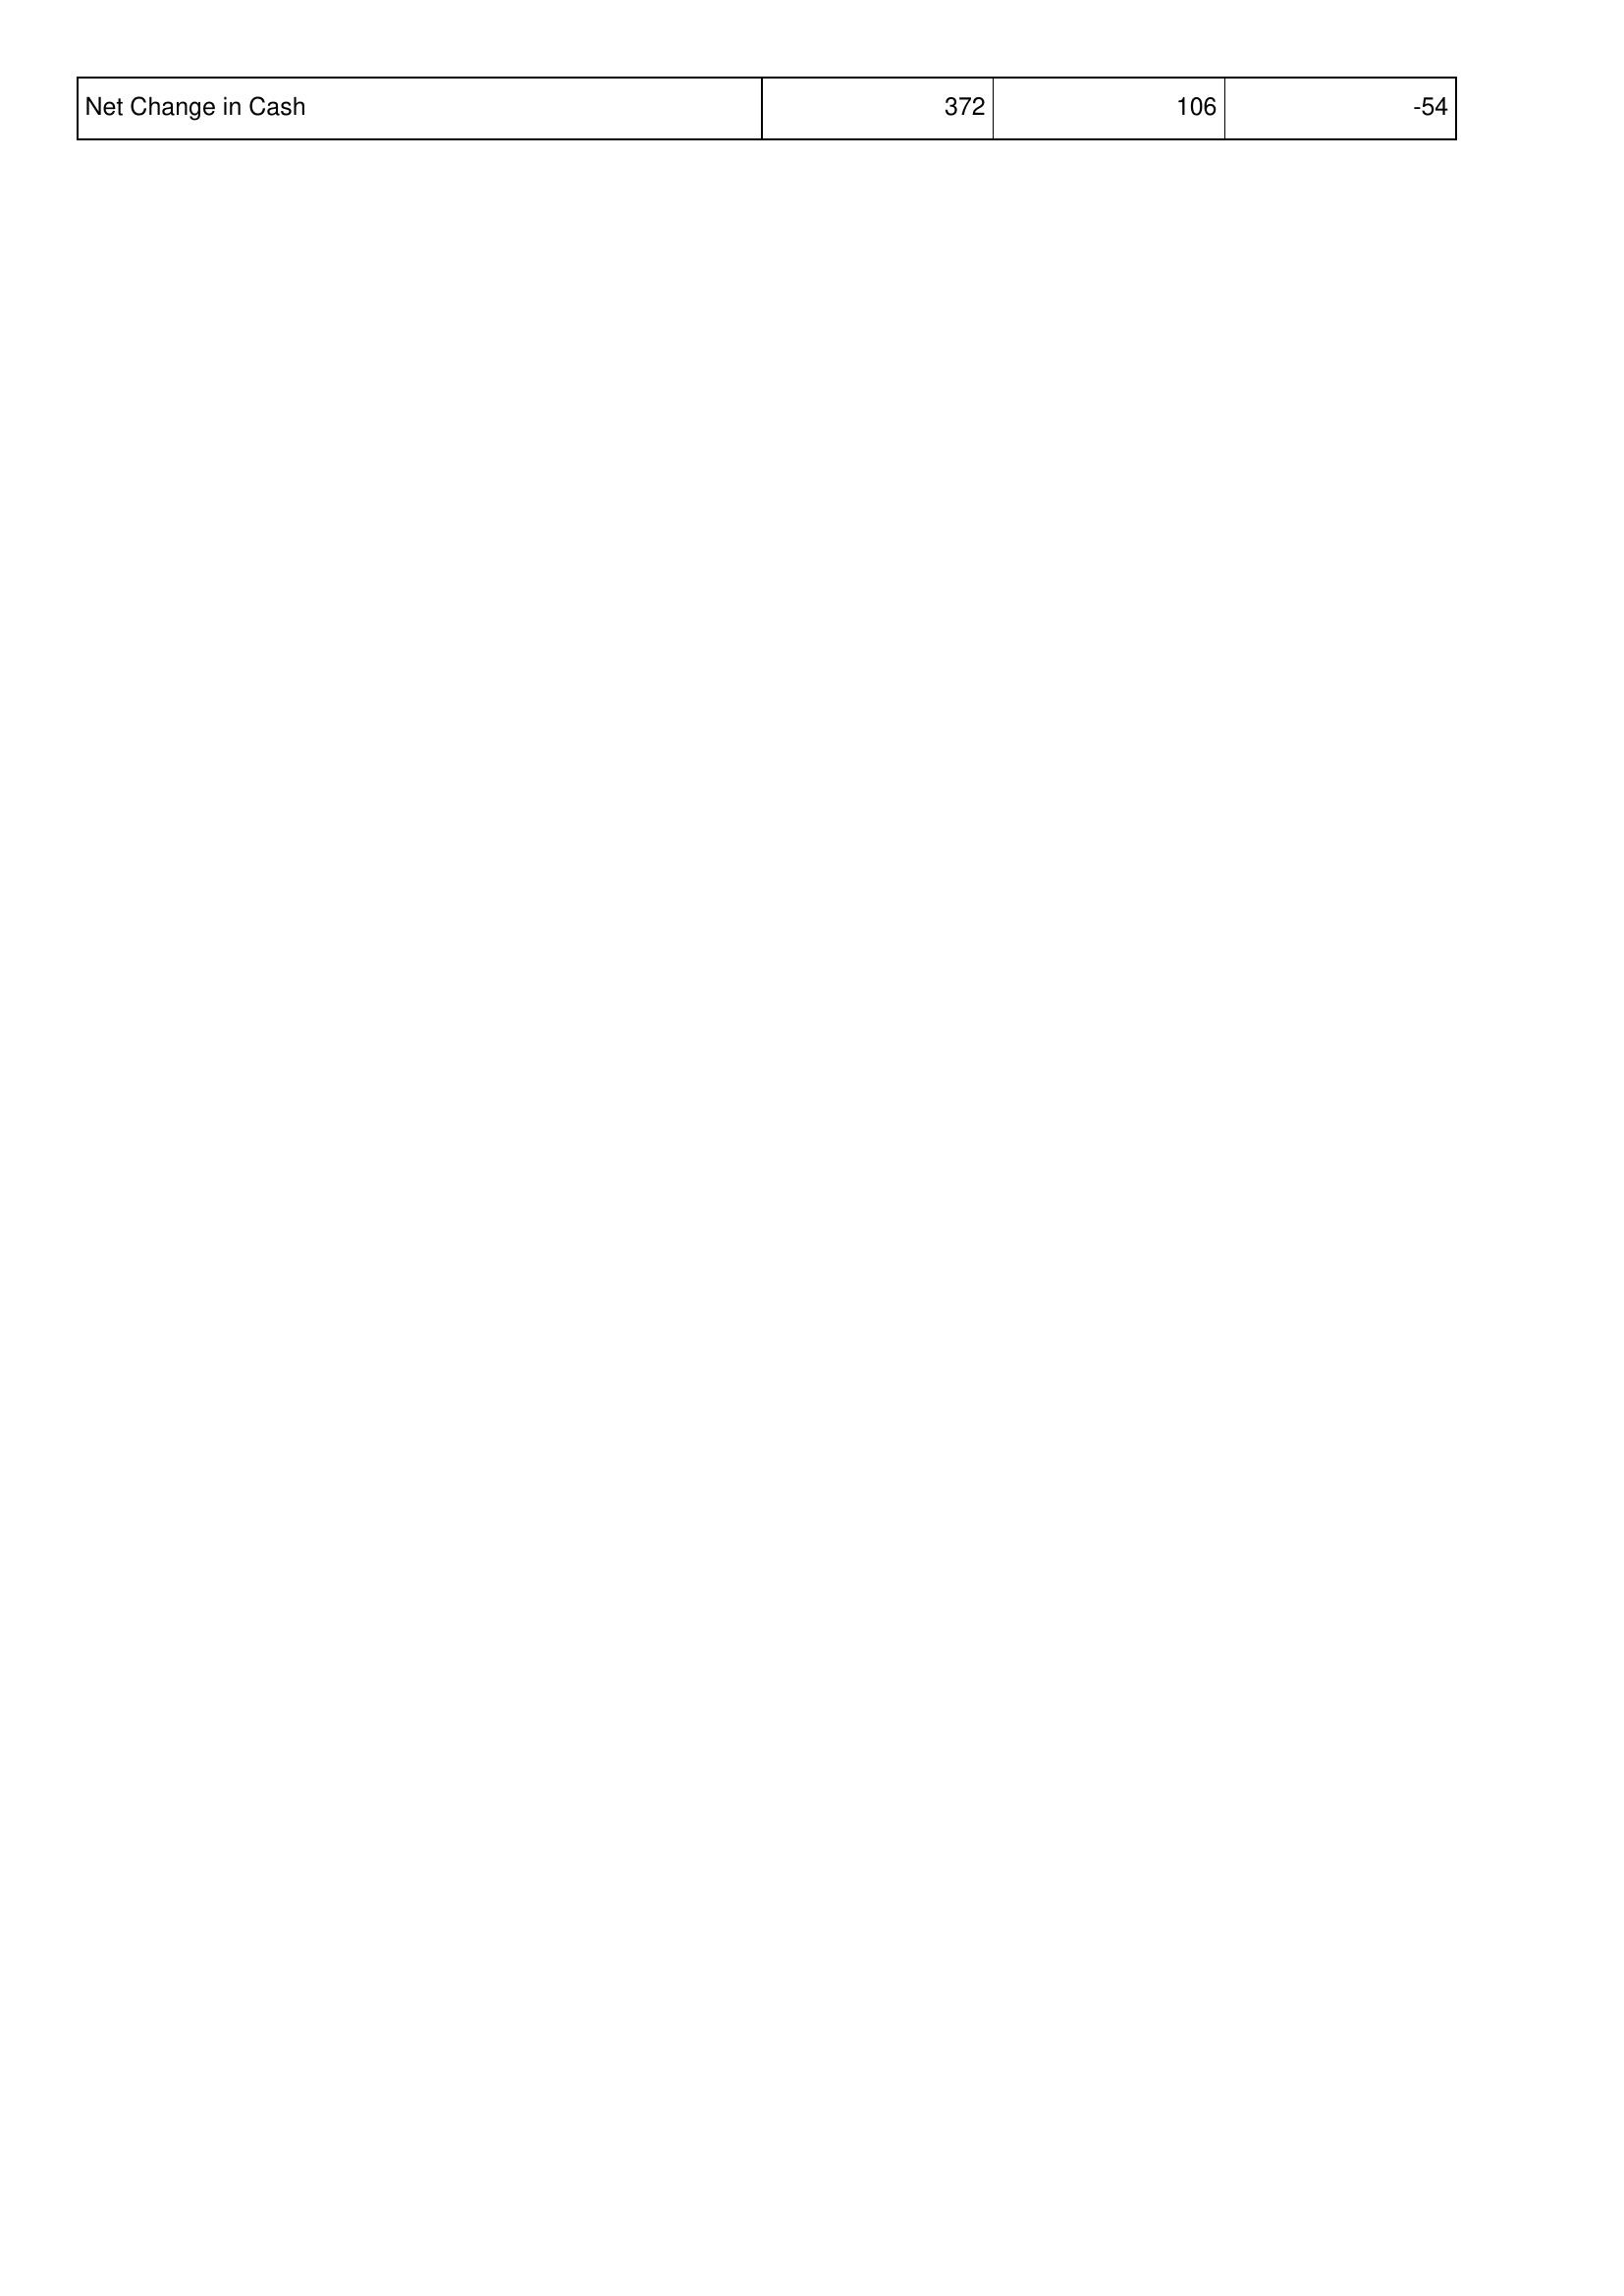
2007: Financing Activities: Net Change in Cash: 372
2008: Financing Activities: Net Change in Cash: 106
2009: Financing Activities: Net Change in Cash: -54